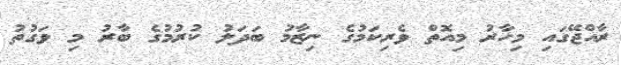
ރާއްޖޭގައި މިހާރު މިއޮތް ވެރިކަމުގެ ނިޒާމު ބަދަލު ކުރުމުގެ ބާރު މި ވަގުތު